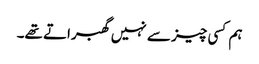
ہم کسی چیز سے نہیں گھبراتے تھے۔